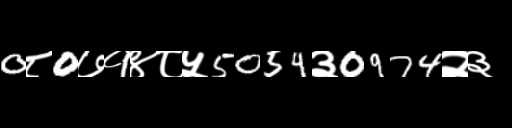
Text: 0८0७१४८५5054३0974२३